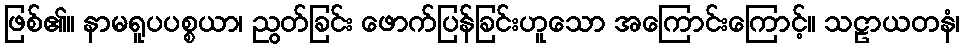
ဖြစ်၏။ နာမရူပပစ္စယာ၊ ညွတ်ခြင်း ဖောက်ပြန်ခြင်းဟူသော အကြောင်းကြောင့်။ သဠာယတနံ၊